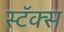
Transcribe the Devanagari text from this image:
स्टॅक्स